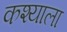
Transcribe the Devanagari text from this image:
कश्याला